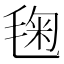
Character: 毱